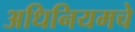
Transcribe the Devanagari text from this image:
अधिनियमचे